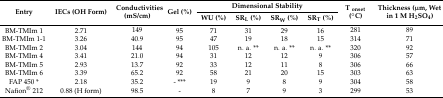
<table><thead><tr><td rowspan="2"><b>Entry</b></td><td rowspan="2"><b>IECs (OH Form)</b></td><td rowspan="2"><b>Conductivities (mS/cm)</b></td><td rowspan="2"><b>Gel (%)</b></td><td colspan="4"><b>Dimensional Stability</b></td><td rowspan="2"><b>T <sub>onset</sub> (°C)</b></td><td rowspan="2"><b>Thickness (μm, Wet in 1 M H<sub>2</sub>SO<sub>4</sub>)</b></td></tr><tr><td><b>WU (%)</b></td><td><b>SR<sub>L</sub> (%)</b></td><td><b>SR<sub>W</sub> (%)</b></td><td><b>SR<sub>T</sub> (%)</b></td></tr></thead><tbody><tr><td>BM-TMIm 1</td><td>2.71</td><td>149</td><td>95</td><td>71</td><td>31</td><td>29</td><td>16</td><td>281</td><td>89</td></tr><tr><td>BM-TMIm 1-1</td><td>3.26</td><td>40.9</td><td>95</td><td>47</td><td>19</td><td>18</td><td>15</td><td>314</td><td>71</td></tr><tr><td>BM-TMIm 2</td><td>3.04</td><td>144</td><td>94</td><td>105</td><td>n. a. **</td><td>n. a. **</td><td>n. a. **</td><td>320</td><td>92</td></tr><tr><td>BM-TMIm 4</td><td>3.41</td><td>21.0</td><td>94</td><td>31</td><td>12</td><td>12</td><td>9</td><td>306</td><td>57</td></tr><tr><td>BM-TMIm 5</td><td>2.93</td><td>13.7</td><td>92</td><td>33</td><td>12</td><td>11</td><td>8</td><td>306</td><td>66</td></tr><tr><td>BM-TMIm 6</td><td>3.39</td><td>65.2</td><td>92</td><td>58</td><td>21</td><td>20</td><td>15</td><td>303</td><td>63</td></tr><tr><td>FAP 450 *</td><td>2.18</td><td>35.2</td><td>- ***</td><td>19</td><td>9</td><td>8</td><td>9</td><td>304</td><td>58</td></tr><tr><td>Nafion<sup>®</sup> 212</td><td>0.88 (H form)</td><td>98.5</td><td>-</td><td>8</td><td>7</td><td>9</td><td>3</td><td>299</td><td>53</td></tr></tbody></table>